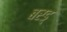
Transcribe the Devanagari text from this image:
बरड्